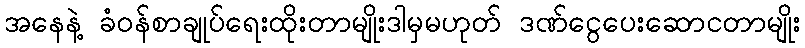
အနေနဲ့ ခံဝန်စာချုပ်ရေးထိုးတာမျိုးဒါမှမဟုတ် ဒဏ်ငွေပေးဆောငတာမျိုး